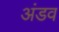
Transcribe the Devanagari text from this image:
अंडव